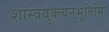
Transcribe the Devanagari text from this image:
शास्त्रयुक्त्यनुभूतिभिः